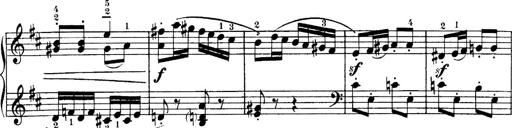
Title: 4 Sonatines
Composer: Max Reger